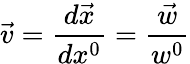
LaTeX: \vec{v}=\frac{d\vec{x}}{dx^{0}}=\frac{\vec{w}}{w^{0}}